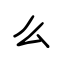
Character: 么